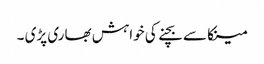
مینکا سے بچنے کی خواہش بھاری پڑی ۔